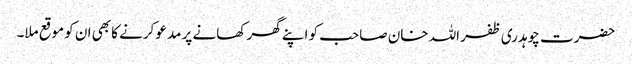
حضرت چوہدری ظفر اللہ خان صاحب کو اپنے گھر کھانے پر مدعو کرنے کا بھی ان کو موقع ملا۔